Magi,_Artur, lk 7
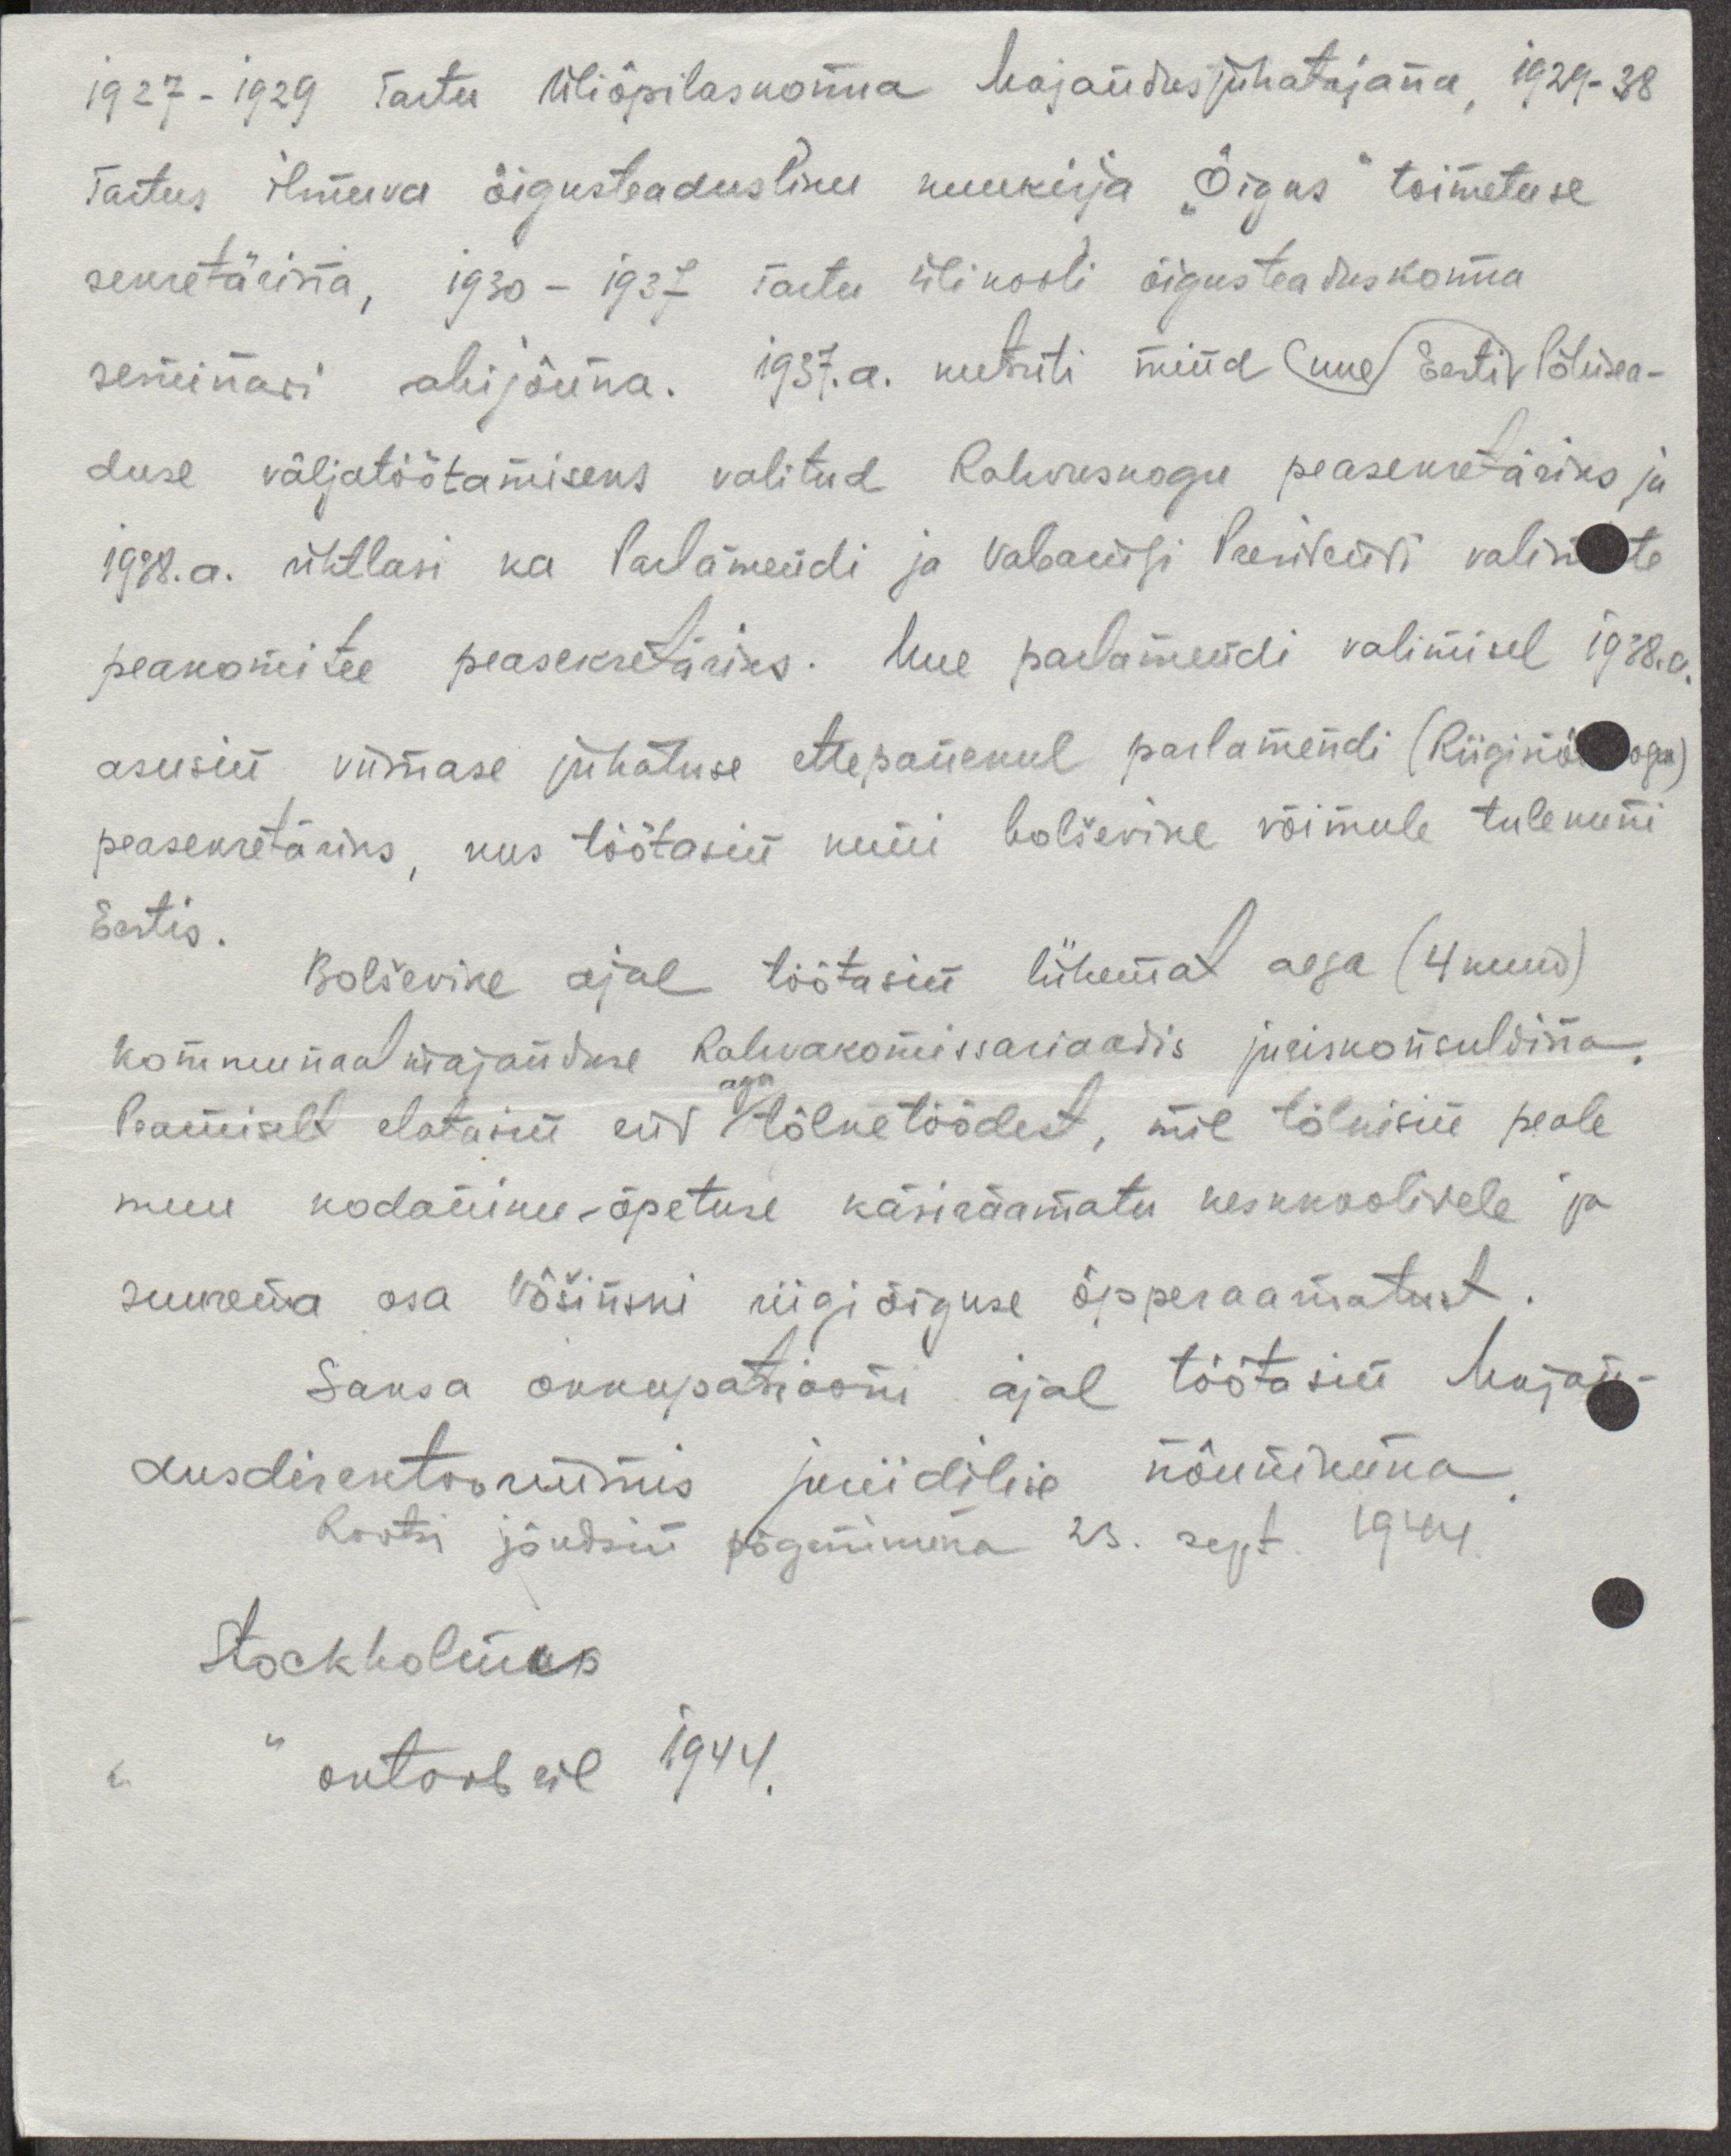
1927-1929 Tartu Üliõpilaskonna Majandusjuhatajana, 1929-38
Tartus ilmuva õigusteadusliku kuukirja "Õigus" toimetuse
sekretärina, 1930-1937 Tartu ülikooli õigusteaduskonna
seminari abijõuna. 1937.a. kutsuti mind uue Eesti Põhisea-
duse väljatöötamiseks valitud Rahvuskogu peasekretäriks ja
1938.a. ühtlasi ka Parlamendi ja Vabariigi Presitenti valimiste
peakomitee peasekretäriks. Uue parlamendi valimisel 1938.a.
asusin viimase juhatuse ettepanekul parlamendi (Riigikogu)
peasekretäriks, kus töötasin kuni bolševike võimule tulekuni
Eestis.
Bolševike ajal töötasin lühemat aega (4 kuud)
kommunaal majanduse Rahvakomissariaadis juriskonsuldina
Peamiselt elatasin end tõlketöödest, mil tõlkisin peale
aga
muu kodaniku-õpetuse käsiraamatu keskkoolidele ja
suurema osa Võšinski riigiõiguse õpperaamatust
Saksa okkupatsiooni ajal töötasin Majan-
dusdirektooriumis juriidilise nõunikuna
Rootsi jõudsin põgenikuna 23. sept. 1944.
Stockholmis
oktoobril 1944.